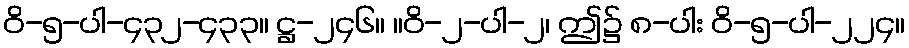
ဝိ-၅-ပါ-၄၃၂-၄၃၃။ ဋ္ဌ-၂၄၆။ ။ဝိ-၂-ပါ-၂၊ ဤ၌ ၈-ပါး ဝိ-၅-ပါ-၂၂၄။